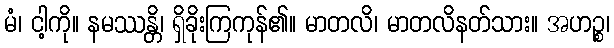
မံ၊ ငါ့ကို။ နမဿန္တိ၊ ရှိခိုးကြကုန်၏။ မာတလိ၊ မာတလိနတ်သား။ အဟဉ္စ၊